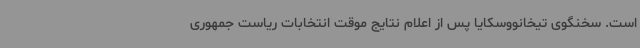
است. سخنگوی تیخانووسکایا پس از اعلام نتایج موقت انتخابات ریاست جمهوری